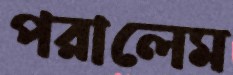
পরালেম